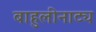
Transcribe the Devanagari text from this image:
बाहुलीनाट्य